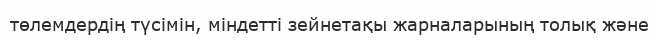
төлемдердің түсімін, міндетті зейнетақы жарналарының толық және